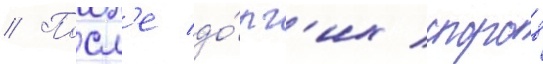
// Посл'е до́лг'их споров